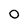
Character: 0